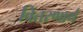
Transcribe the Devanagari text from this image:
वितरणार्थ